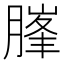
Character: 𰯃